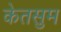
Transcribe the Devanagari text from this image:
केतसुम